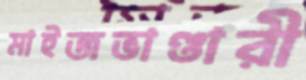
মাইজভাণ্ডারী